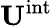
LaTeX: \mathbf{U}^{\mathrm{int}}